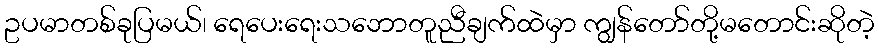
ဥပမာတစ်ခုပြမယ်၊ ရေပေးရေးသဘောတူညီချက်ထဲမှာ ကျွန်တော်တို့မတောင်းဆိုတဲ့